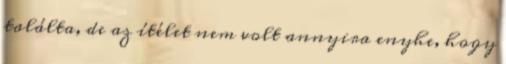
találta, de az ítélet nem volt annyira enyhe, hogy